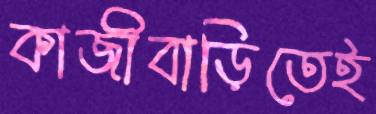
কাজীবাড়িতেই